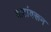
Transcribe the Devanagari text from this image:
वाटांवरून